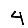
Digit: 4